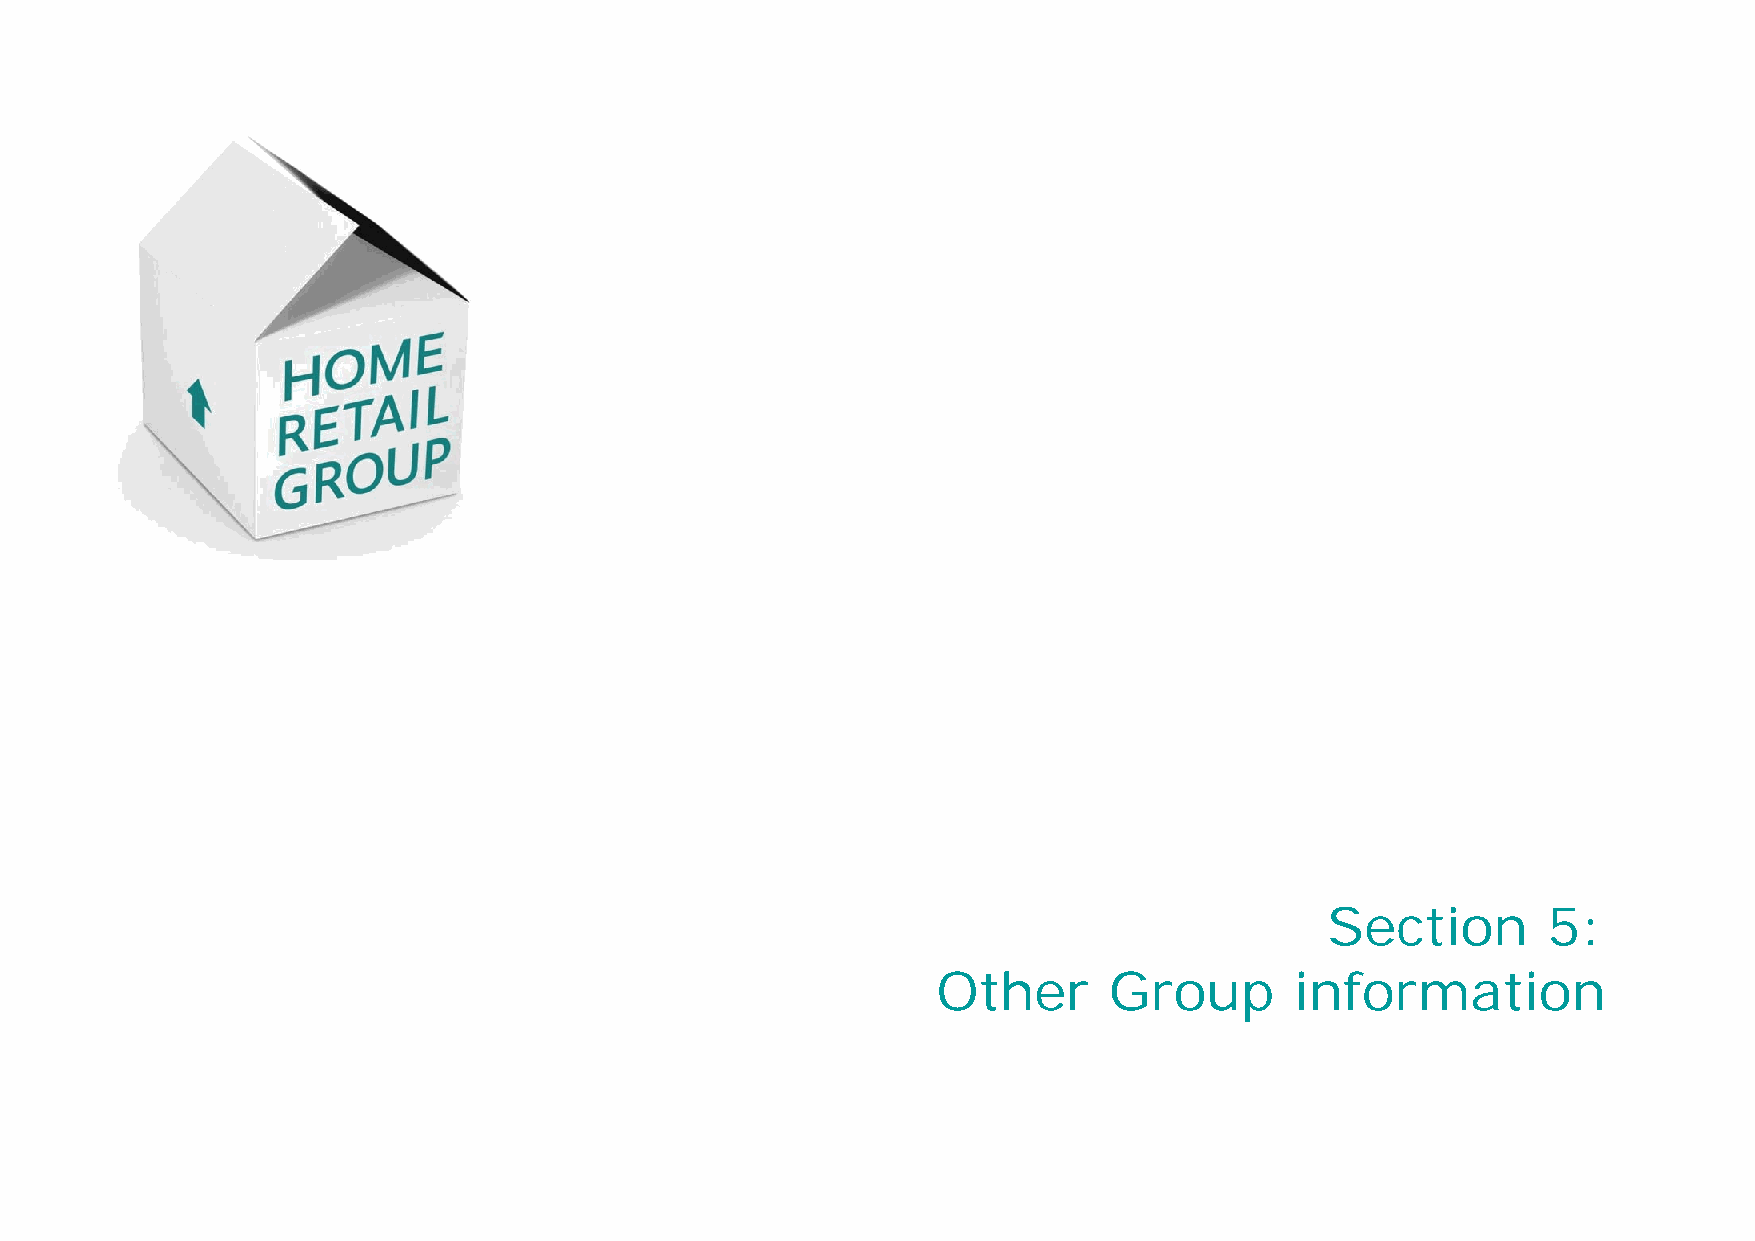
Section       5:
 Other      Group        information